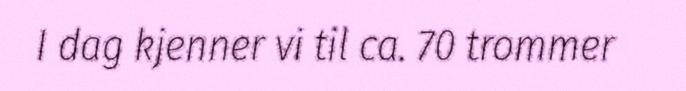
I dag kjenner vi til ca. 70 trommer